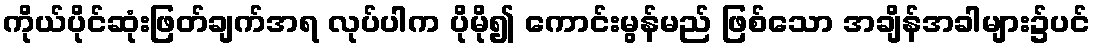
ကိုယ်ပိုင်ဆုံးဖြတ်ချက်အရ လုပ်ပါက ပိုမို၍ ကောင်းမွန်မည် ဖြစ်သော အချိန်အခါများ၌ပင်